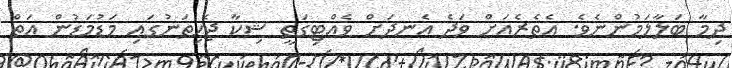
ދިމާ ބަލާލަމުންނެވެ. އެތެރެއަށް ވަދެ އެނދަށް ވެއްޓިގަތީ ޝިކާ ޖެހިތަނުގައި މަޑުމަޑުން އަތް